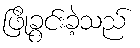
ဖြိုခွင်းခဲ့သည်